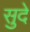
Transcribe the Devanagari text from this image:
सुदे